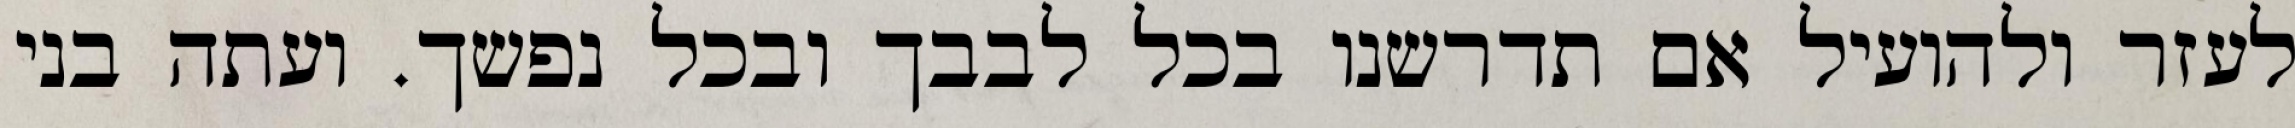
לעזר ולהועיל אם תדרשנו בכל לבבך ובכל נפשך. ועתה בני